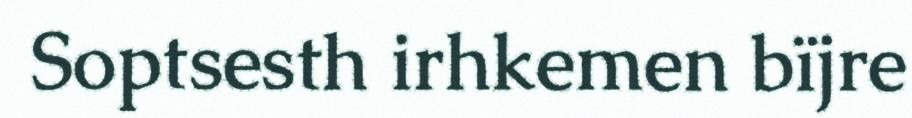
Soptsesth irhkemen bïjre